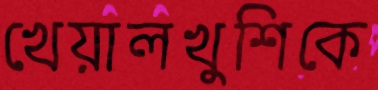
খেয়ালখুশিকে